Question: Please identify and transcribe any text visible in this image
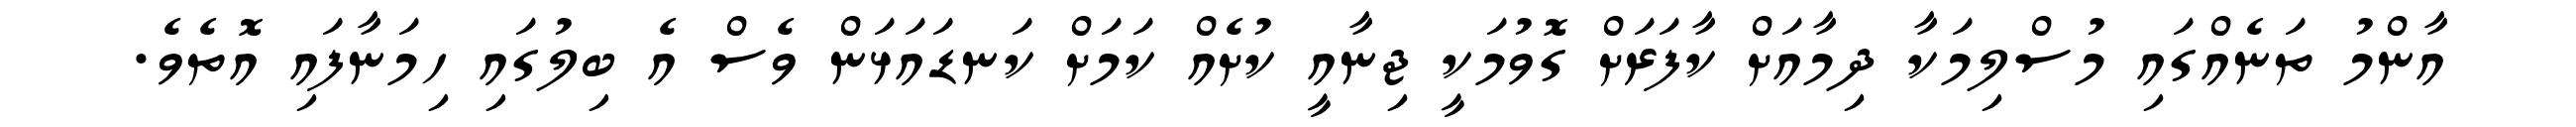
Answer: އާންމު ތަނެއްގައި މުސްލިމަކާ ދިމާއަށް ކާފަރަށް ގޮވުމަކީ ޖިނާއީ ކުށެއް ކަމަށް ކަނޑައަޅަން ވެސް އެ ބިލުގައި ހިމަނާފައި އޮތެވެ.